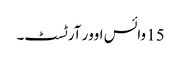
15 وائس اوور آرٹسٹ۔